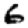
Digit: 6